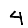
Digit: 4